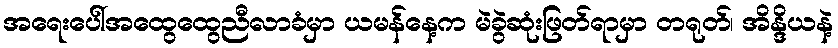
အရေးပေါ်အထွေထွေညီလာခံမှာ ယမန်နေ့က မဲခွဲဆုံးဖြတ်ရာမှာ တရုတ်၊ အိန္ဒိယနဲ့